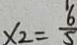
x _ { 2 } = \frac { 6 } { 5 }